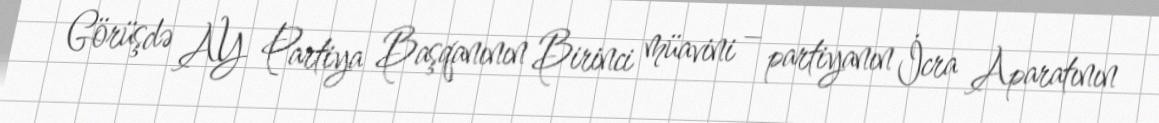
Görüşdə AY Partiya Başqanının Birinci müavini – partiyanın İcra Aparatının